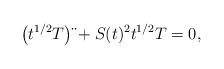
LaTeX: \begin{align*}\left(t^{1/2}T\right)\ddot{}+S(t)^2 t^{1/2}T = 0 , \end{align*}